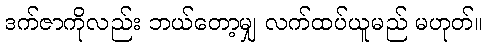
ဒက်ဇာကိုလည်း ဘယ်တော့မျှ လက်ထပ်ယူမည် မဟုတ်။